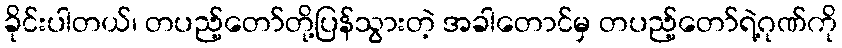
ခိုင်းပါတယ်၊ တပည့်တော်တို့ပြန်သွားတဲ့ အခါတောင်မှ တပည့်တော်ရဲ့ဂုဏ်ကို